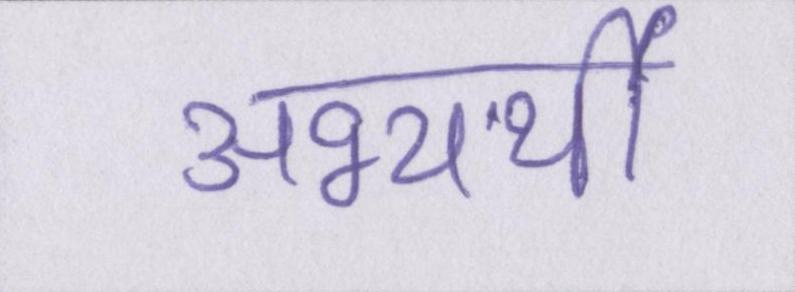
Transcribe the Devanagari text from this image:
अभ्यर्थी